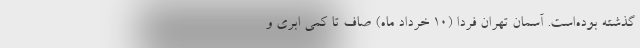
گذشته بوده‌است. آسمان تهران فردا (۱۰ خرداد ماه) صاف تا کمی ابری و